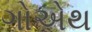
ગોએથ